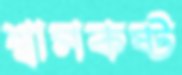
শ্বাসকষ্ট